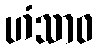
ဟံသာဝ